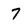
Character: 7